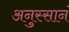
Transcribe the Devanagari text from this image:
अनुस्सानं